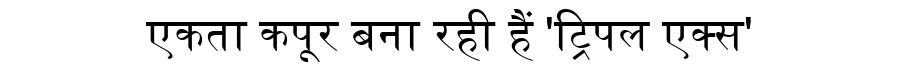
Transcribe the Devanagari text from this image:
एकता कपूर बना रही हैं 'ट्रिपल एक्स'